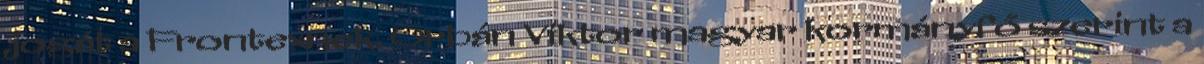
jogát a Frontexnek. Orbán Viktor magyar kormányfő szerint a